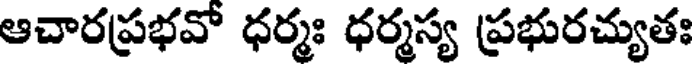
ఆచారప్రభవో ధర్మః ధర్మస్య ప్రభురచ్యుతః